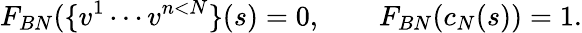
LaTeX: F_{BN}(\{ v^{1}\cdots v^{n<N}\} (s)=0,\qquad F_{BN}(c_{N}(s))=1.